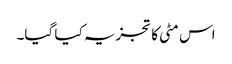
اس مٹی کا تجزیہ کیا گیا۔